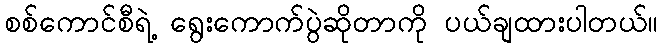
စစ်ကောင်စီရဲ့ ရွေးကောက်ပွဲဆိုတာကို ပယ်ချထားပါတယ်။